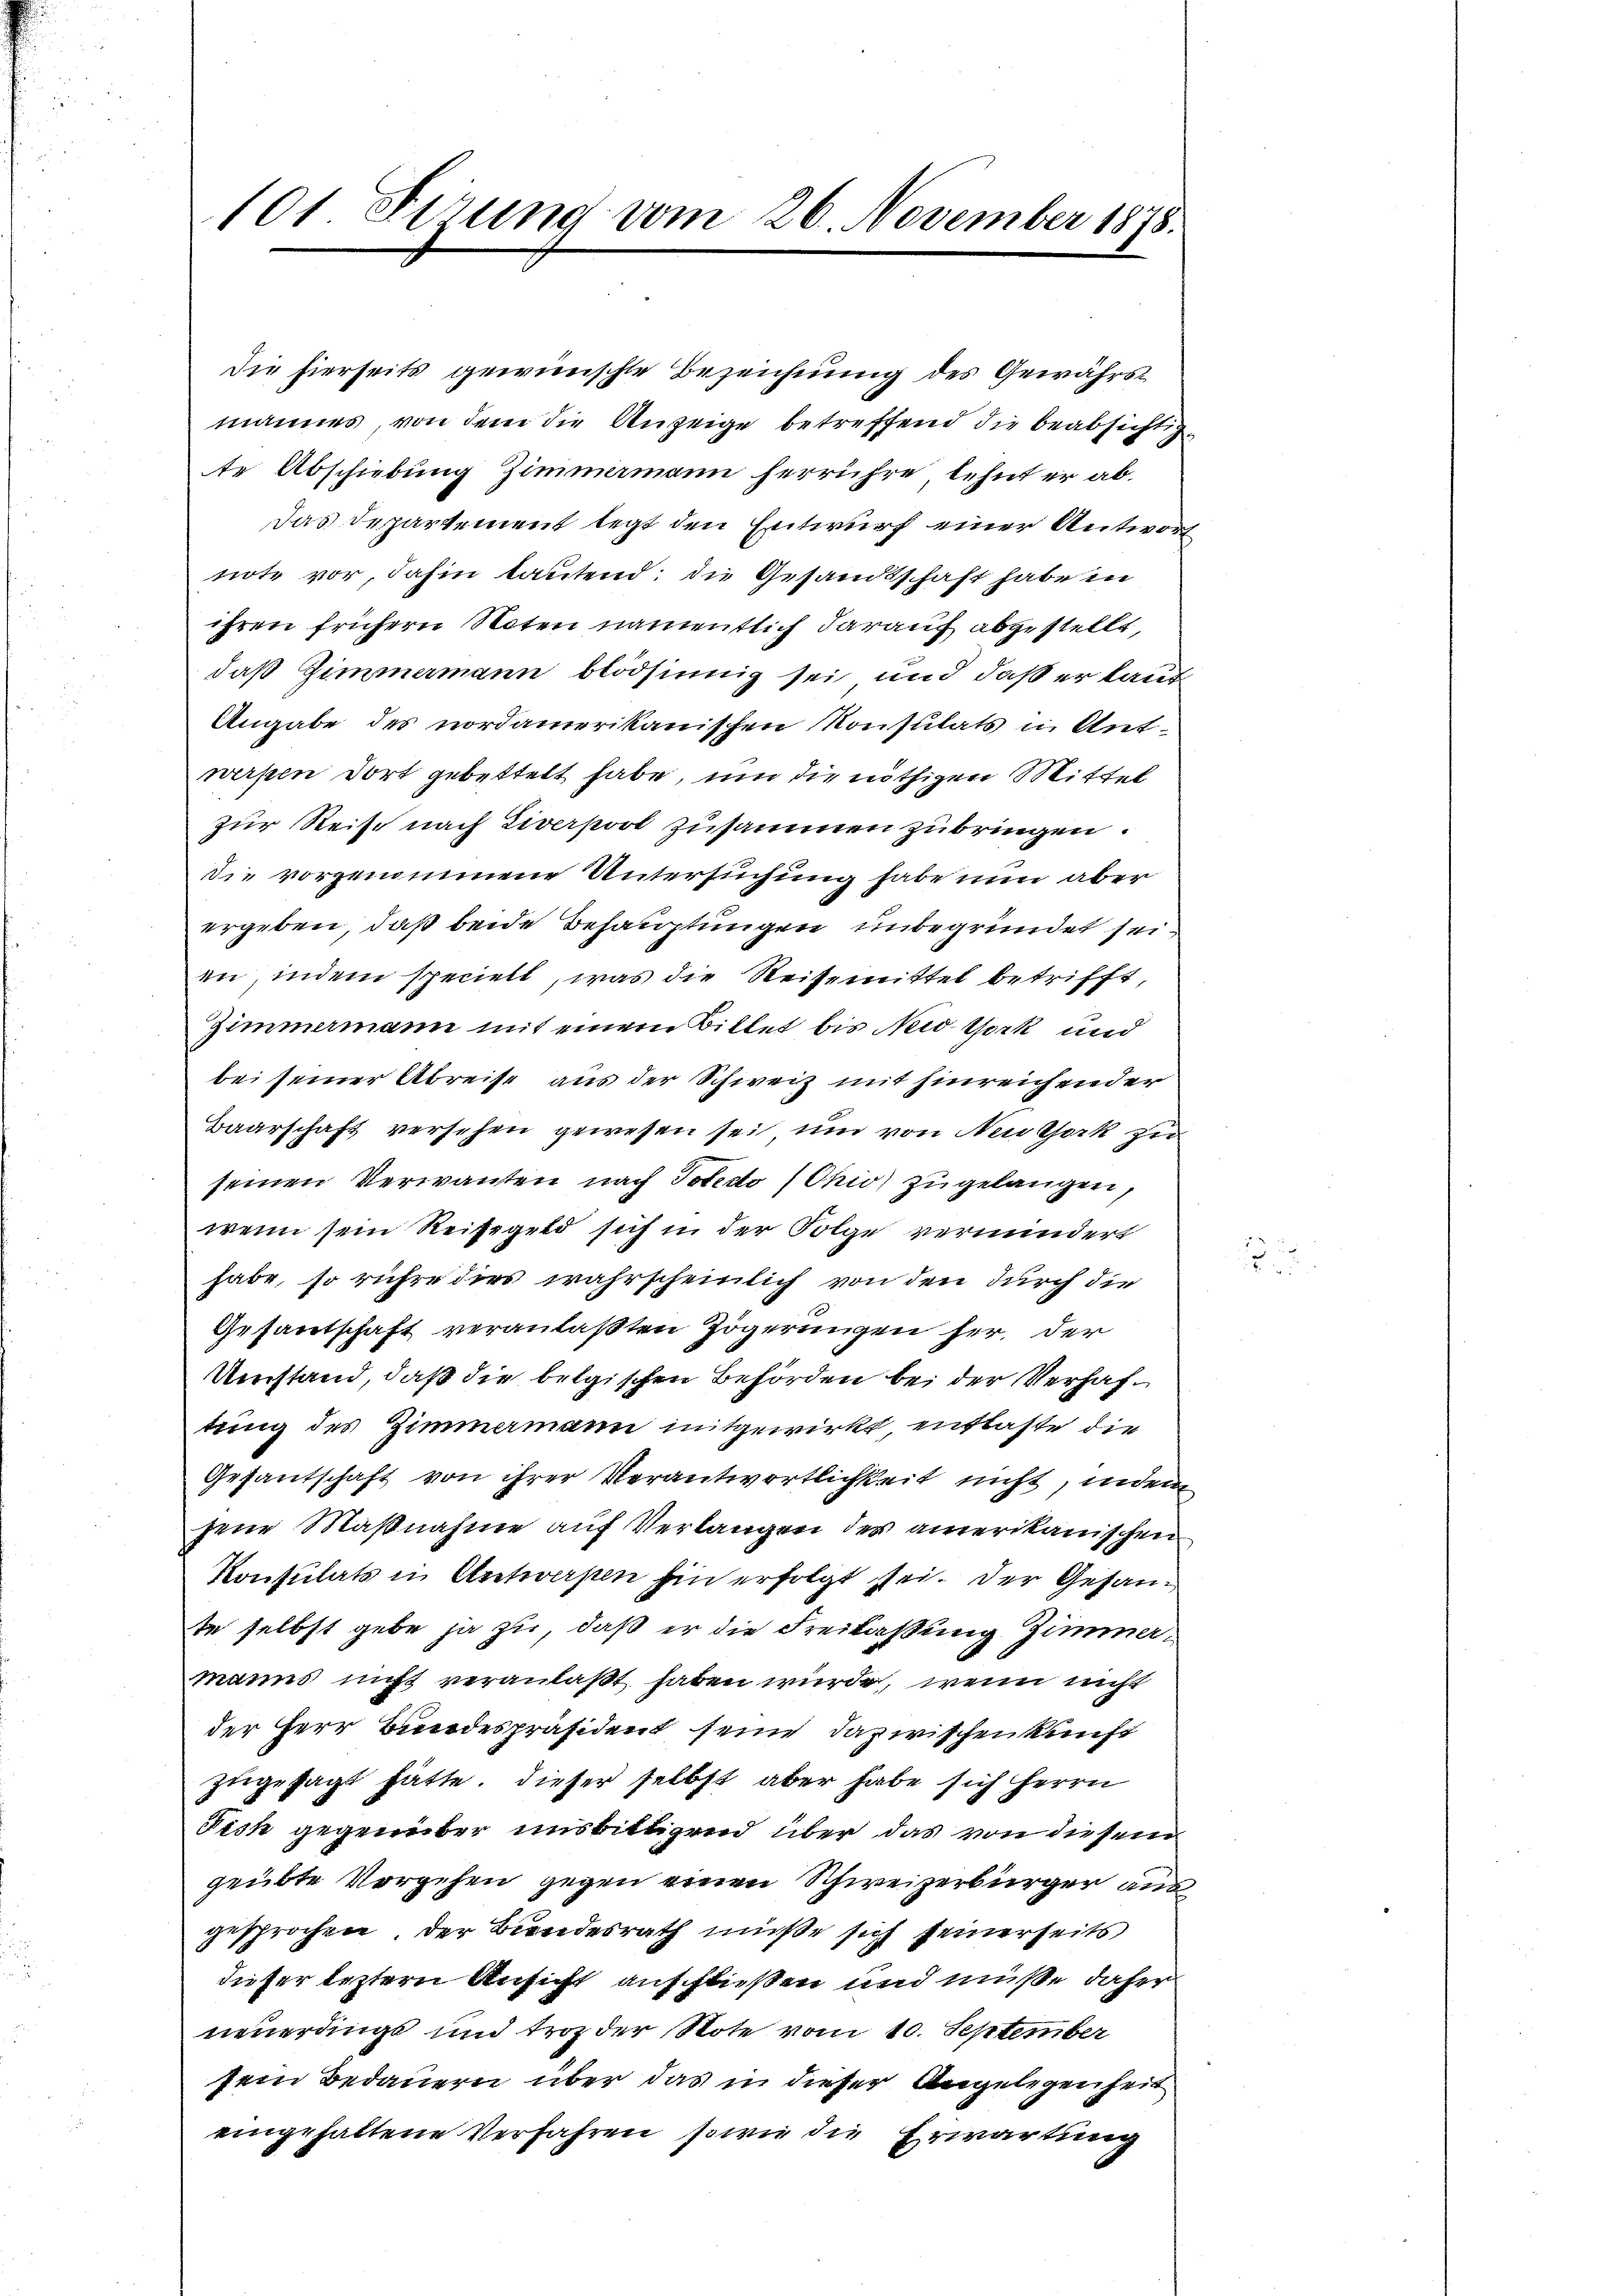
101 Firung vom 26. November 1878.

die hierseits gewünschte Bezeichnung des Gewährsmannes von dem die Anzeige betreffend die beabsichtigte Abschiebung Zimmamann herrühre, lehnt er abdas Departement legt den Entwurf einer Antwort
note vor, dahin lautend; die Gesandtschaft habe in
ihren frühern Noten namentlich darauf abgestellt,
daß Zimmermann blödsinnig sei und daß er laut
Angabe des nordamerikanischen Konsulats in Ant-
werfen dort gebettelt habe, um die nöthigen Mittel
zur Reise nach Liverport zusammen zubringen.
die vorgenommene Untersuchung habe nun aber
ergeben, daß beide Behauptungen unbegründet seien, indem speciell, was die Reisemittel betrifft,
Zimmermann mit einem Bittet bis Neid tork und
bei seiner Abreise aus der Schweiz mit hinreichender
Baarschaft versehen gewesen sei, und von Neuthork zu
seinen Verwanten nach Totedo (Ohio zugelangen,
wenn sein Reisegeld sich in der Folge vermindert
habe, so rühre dies wahrscheinlich von den durch die
Gesantschaft veranlaßten Zögerungen her, der
Umstand, daß die belgischen Behörden bei der Verhaftung des Zimmermann mitgewirkt, entlasse die
Gesantschaft von ihrer Verantwortlichkeit nicht, indem
jene Maßnahme auf Verlangen des amerikanischen
Konsulats in Antwerpen hin erfolgt sei. Der Gesande selbst gebe ja zu, daß er die Freilaßung Zimmermanns nicht veranlaßt haben würde, wenn nicht
der Herr Bundespräsident seine dazwischenkunft
zugesagt hätte. Dieser selbst aber habe sich herrn
Fick gegenüber uns bittigend über das von diesem
geübte Vorgehen gegen einen Schweizerbürger aus
gesprochen, der Bundesrath müße sich seinerseits
dieser leztern Ansicht anschließen und müße daher
neuerdings und troz der Note vom 10. September
sein Bedauern über das in dieser Angelegenheit
eingehaltene Verfahren, sowie die Erwartung